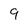
Character: 9